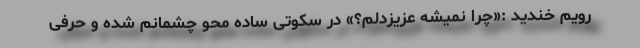
رویم خندید :«چرا نمیشه عزیزدلم؟» در سکوتی ساده محو چشمانم شده و حرفی